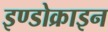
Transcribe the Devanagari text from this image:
इण्डोक्राइन